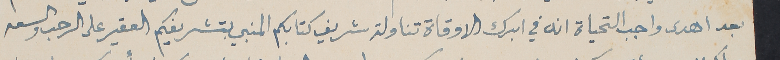
بعد اهدى واجب التحياة انه في ابرك الاوقاة تناولة شريف كتابكم المنبي بتشريفكم العقير على الرحب والسعه